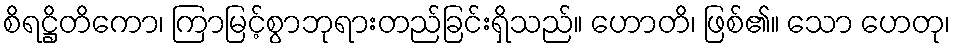
စိရဋ္ဌိတိကော၊ ကြာမြင့်စွာဘုရားတည်ခြင်းရှိသည်။ ဟောတိ၊ ဖြစ်၏။ သော ဟေတု၊